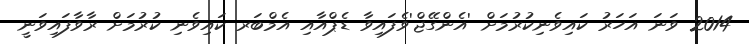
2014 ވަނަ އަހަރު ކައިވެނިކުރުމަށް 'އެންގޭޖް'ވެފައިވާ ޑެޕްއާއި އެމްބަރ ކައިވެނި ކުރުމަށް ރާވާފައިވަނީ